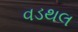
વડથલ